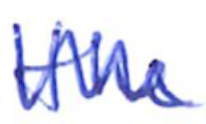
Text: the
Cross-out: zig-zag
Writing tool: ballpoint